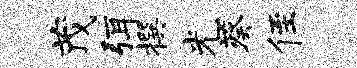
茂弭撰光葵侄